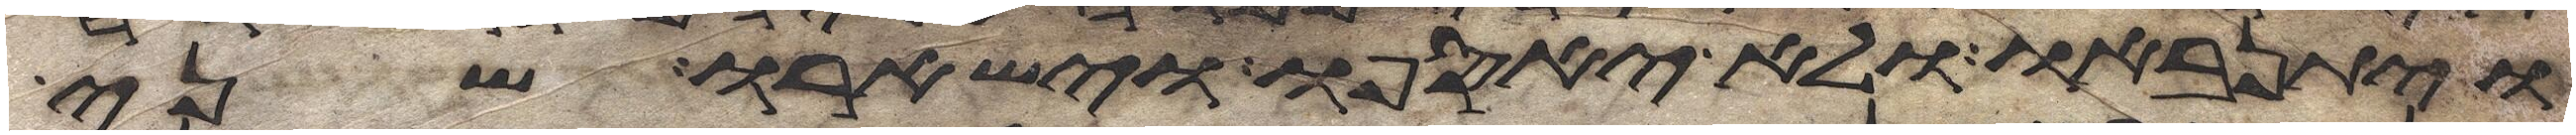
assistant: ויתנאבו ולא יאספו וישארו שני